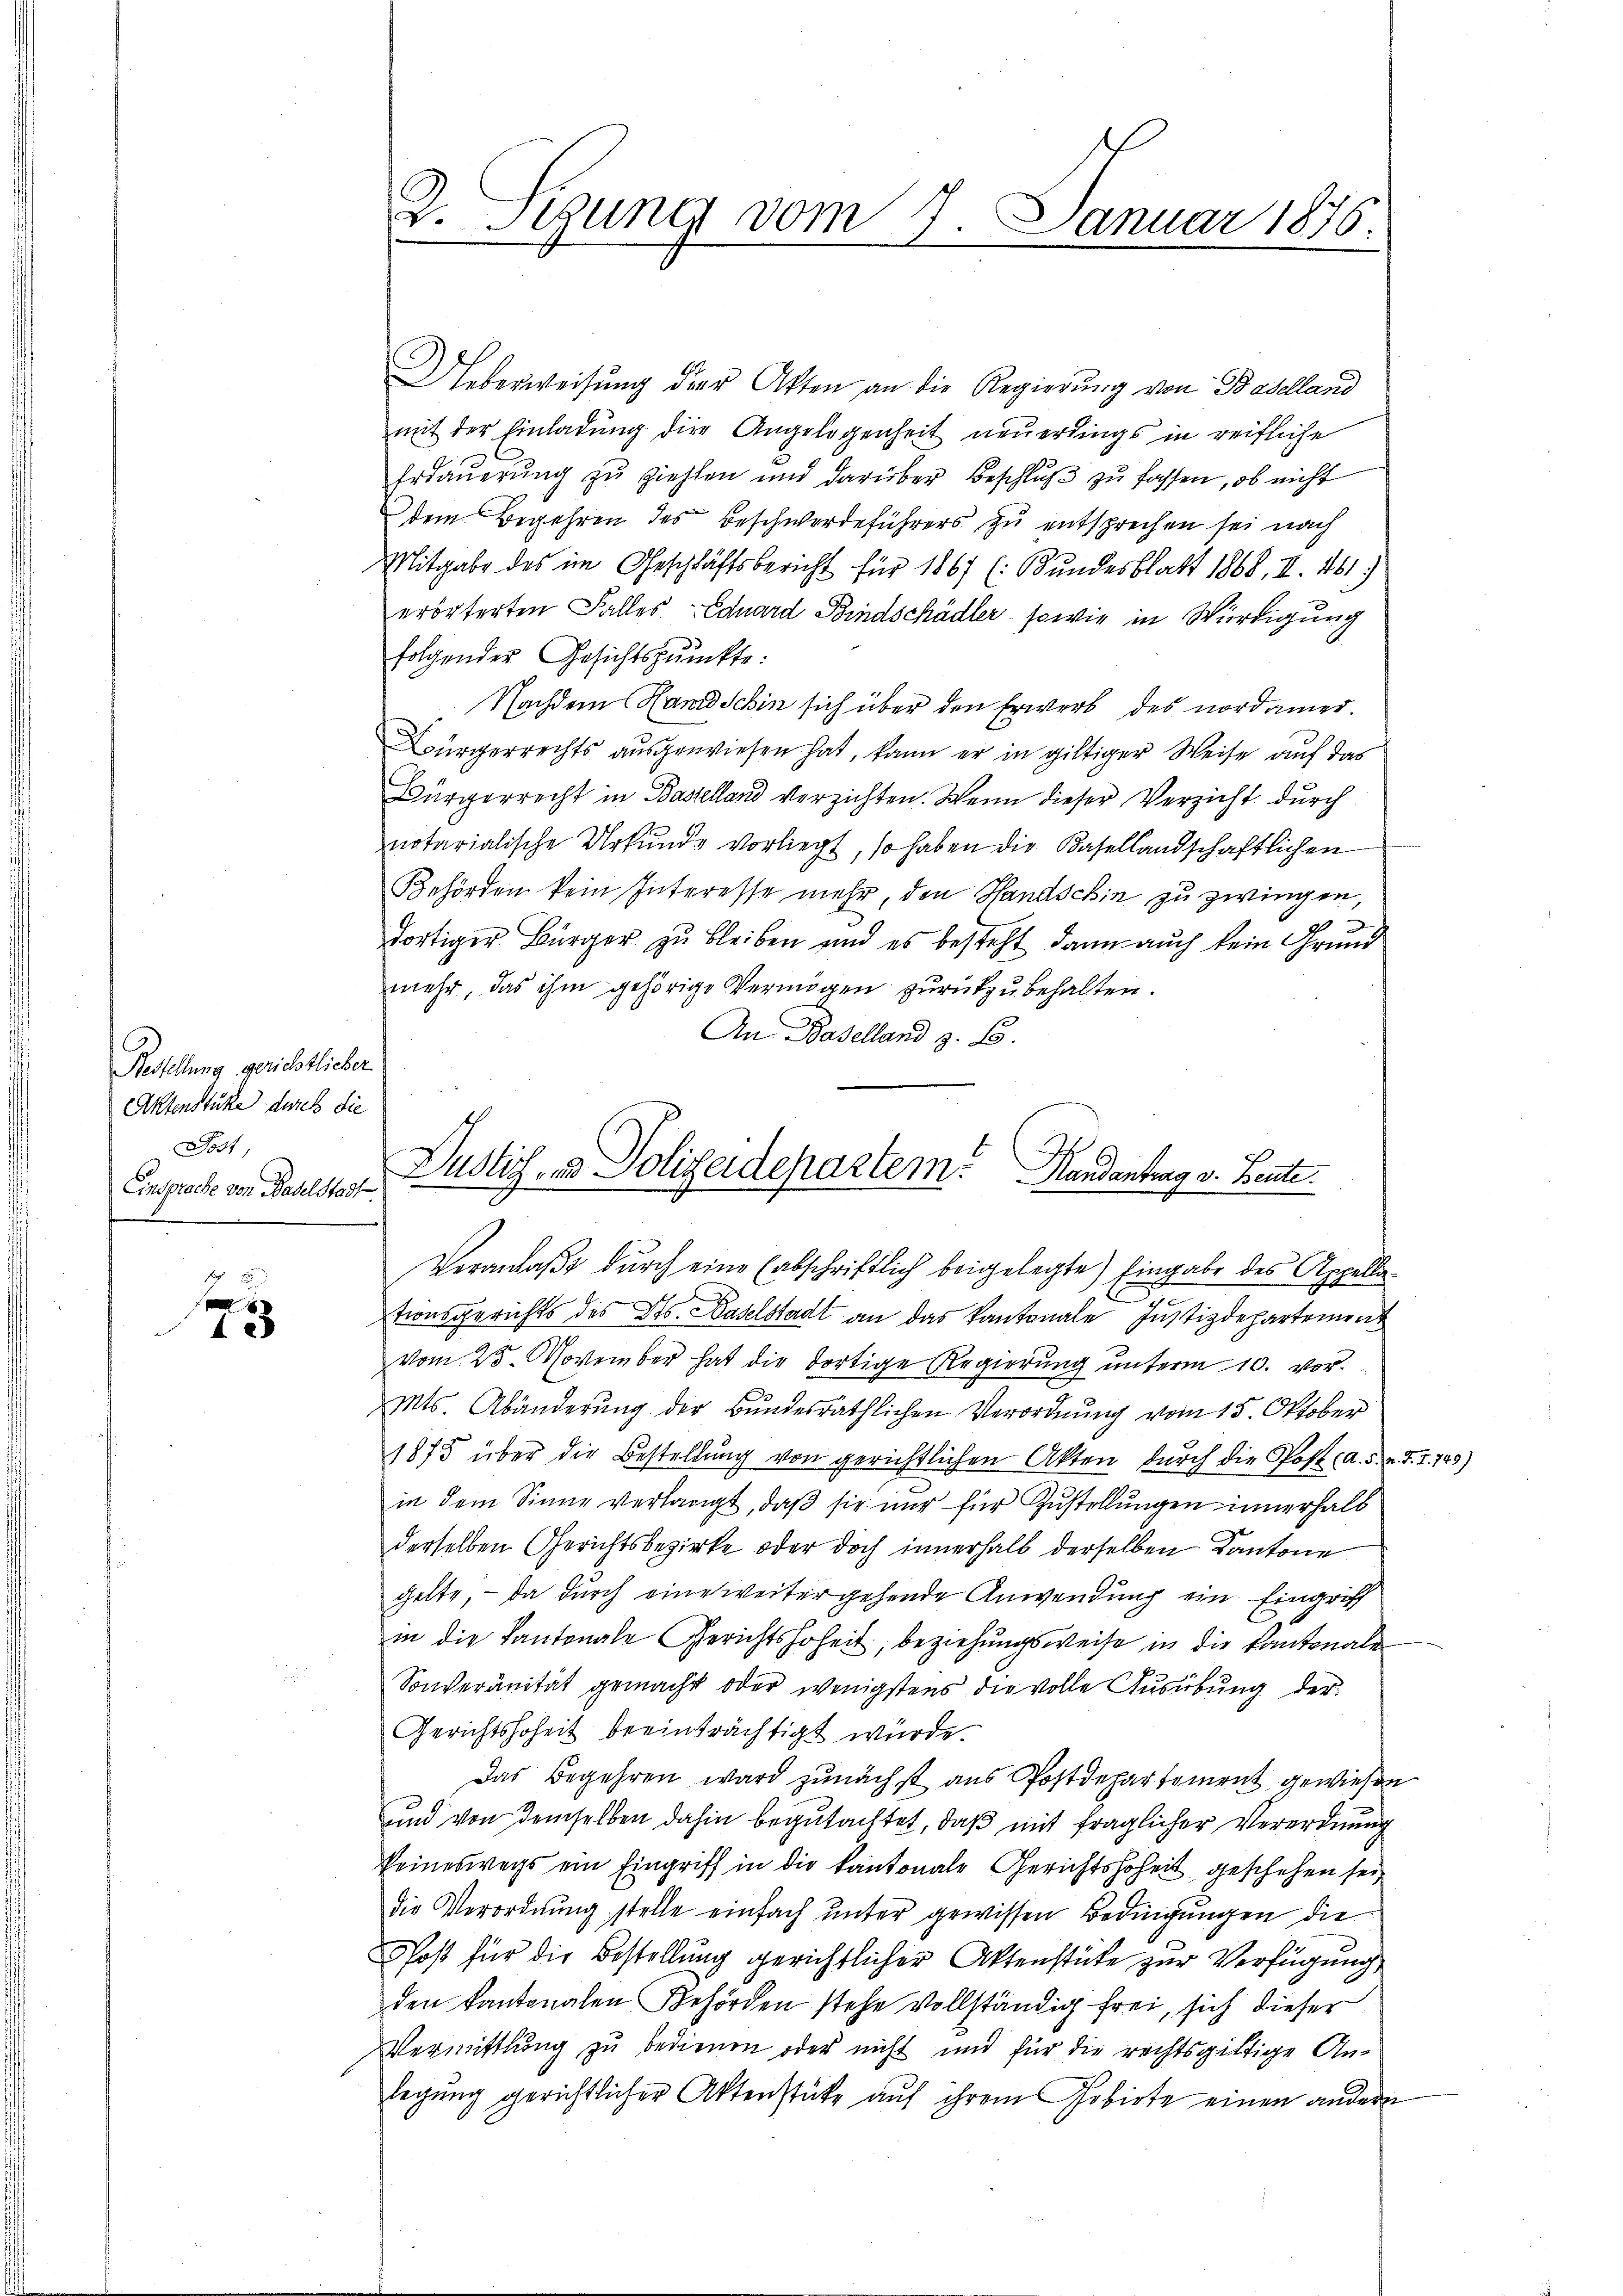
Bestellung gerichtlicher
Aktenstüke durch die
Jost
Einsprache von Baselstadt
.

4

2. Tigung vom 7. Januar 1876.

Ueberweisung der Akten an die Regierung von Baselland
mit der Einladung der Angelegenheit neuerdings in reifliche
Erdauerung zu ziehlen und darüber Beschluß zu fassen, ob nicht
dem Begehren des Beschwerdeführers zu entsprechen sei nach
Mitgabe des im Geschläftsbericht für 1867 (: Bundesblatt 1868, II 461.)
erörterten Falles Eduard Bindschädler sowie in Würdigung
folgender Gesichtspunkte:
Nachdem Handschin sich über den Erwerb des nordamer.
Bürgerrechts ausgewiesen hat, kann er in giltiger Weise auf das
Bürgerrecht in Baselland verzichten. Wenn dieser Verzicht durch
notarialische Urkunde vorliegt, so haben die Basellandschaftlichen
Behörden kein Interesse mehr, den Handschin zu zwingen
1
dortiger Bürger zu bleiben und es besteht dann auch kein Grund
mehr, das ihm gehörige Vermögen zurückzubehalten.
An Baselland z. B.
Dustiz- & Polizeidepartem. Handantrag v. Beute.

Veranlaßt durch eine (abschriftlich beigelegte Eingabe des Appella¬

tionsgerichts des Kts. Haselstadt an das kantonale Justizdepartement
vom 25. November hat die dortige Regierŭng ŭnterm 10. vor¬
Mts. Abänderung der Bundesräthlichen Verordnung vom 15. Oktober
1875 über die Bestellung von gerichtlichen Akten durch die Post A. d. v. J. I. 749)
in dem Sinne verlangt, daß sie nur für Zustellungen innerhalb
derselben Gerichtsbezirke oder doch innerhalb derselben Kantone
gelte, – da durch eine weitergehende Anwendung ein Eingriff
in die Kantonale Gerichtshoheit, beziehungsweise in die Kantonale
Sonveränität gemacht oder wenigstens die volle Ausübung der
Gerichtshoheit beeinträchtigt würde.
Das Begehren ward zunächst aus Postdepartement gewiesen
und von demselben dahin begutachtet, daß mit fraglicher Verordnung
keineswegs ein Eingriff in die kantonale Gerichtshoheit geschehen sei,
die Verordnung stelle einfach unter gewissen Bedingungen die
Poß für die Bestellung gerichtlicher Aktenstüke zur Verfügung
den kantonalen Behörden stehe vollständig frei, sich dieser
Vermittlung zu bedienen oder nicht und für die rechtsgültige Anlegung gerichtlicher Aktenstücke auf ihrem Gobirte einen andern